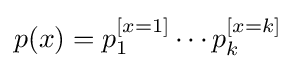
p(x)=p_{1}^{[x=1]}\cdots p_{k}^{[x=k]}